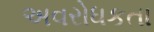
અવરોધકતા